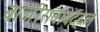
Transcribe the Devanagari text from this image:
बाजीरावाबद्दल